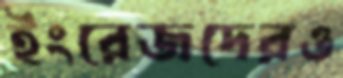
ইংরেজদেরও